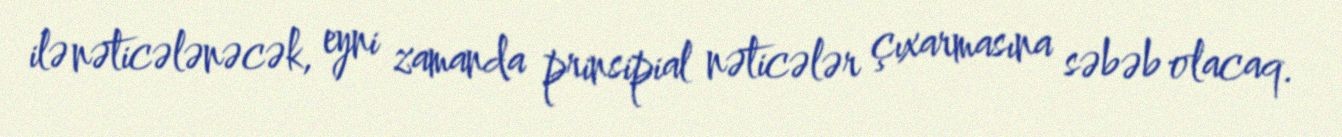
ilə nəticələnəcək, eyni zamanda prinsipial nəticələr çıxarmasına səbəb olacaq.